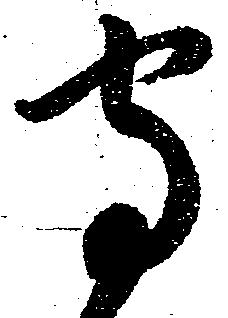
守